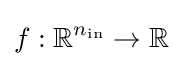
f:\mathbb {R} ^{n_{\mathrm {in} }}\to \mathbb {R}